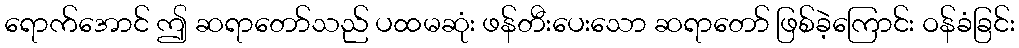
ရောက်အောင် ဤ ဆရာတော်သည် ပထမဆုံး ဖန်တီးပေးသော ဆရာတော် ဖြစ်ခဲ့ကြောင်း ဝန်ခံခြင်း